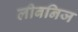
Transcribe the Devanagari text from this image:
लीबनिज